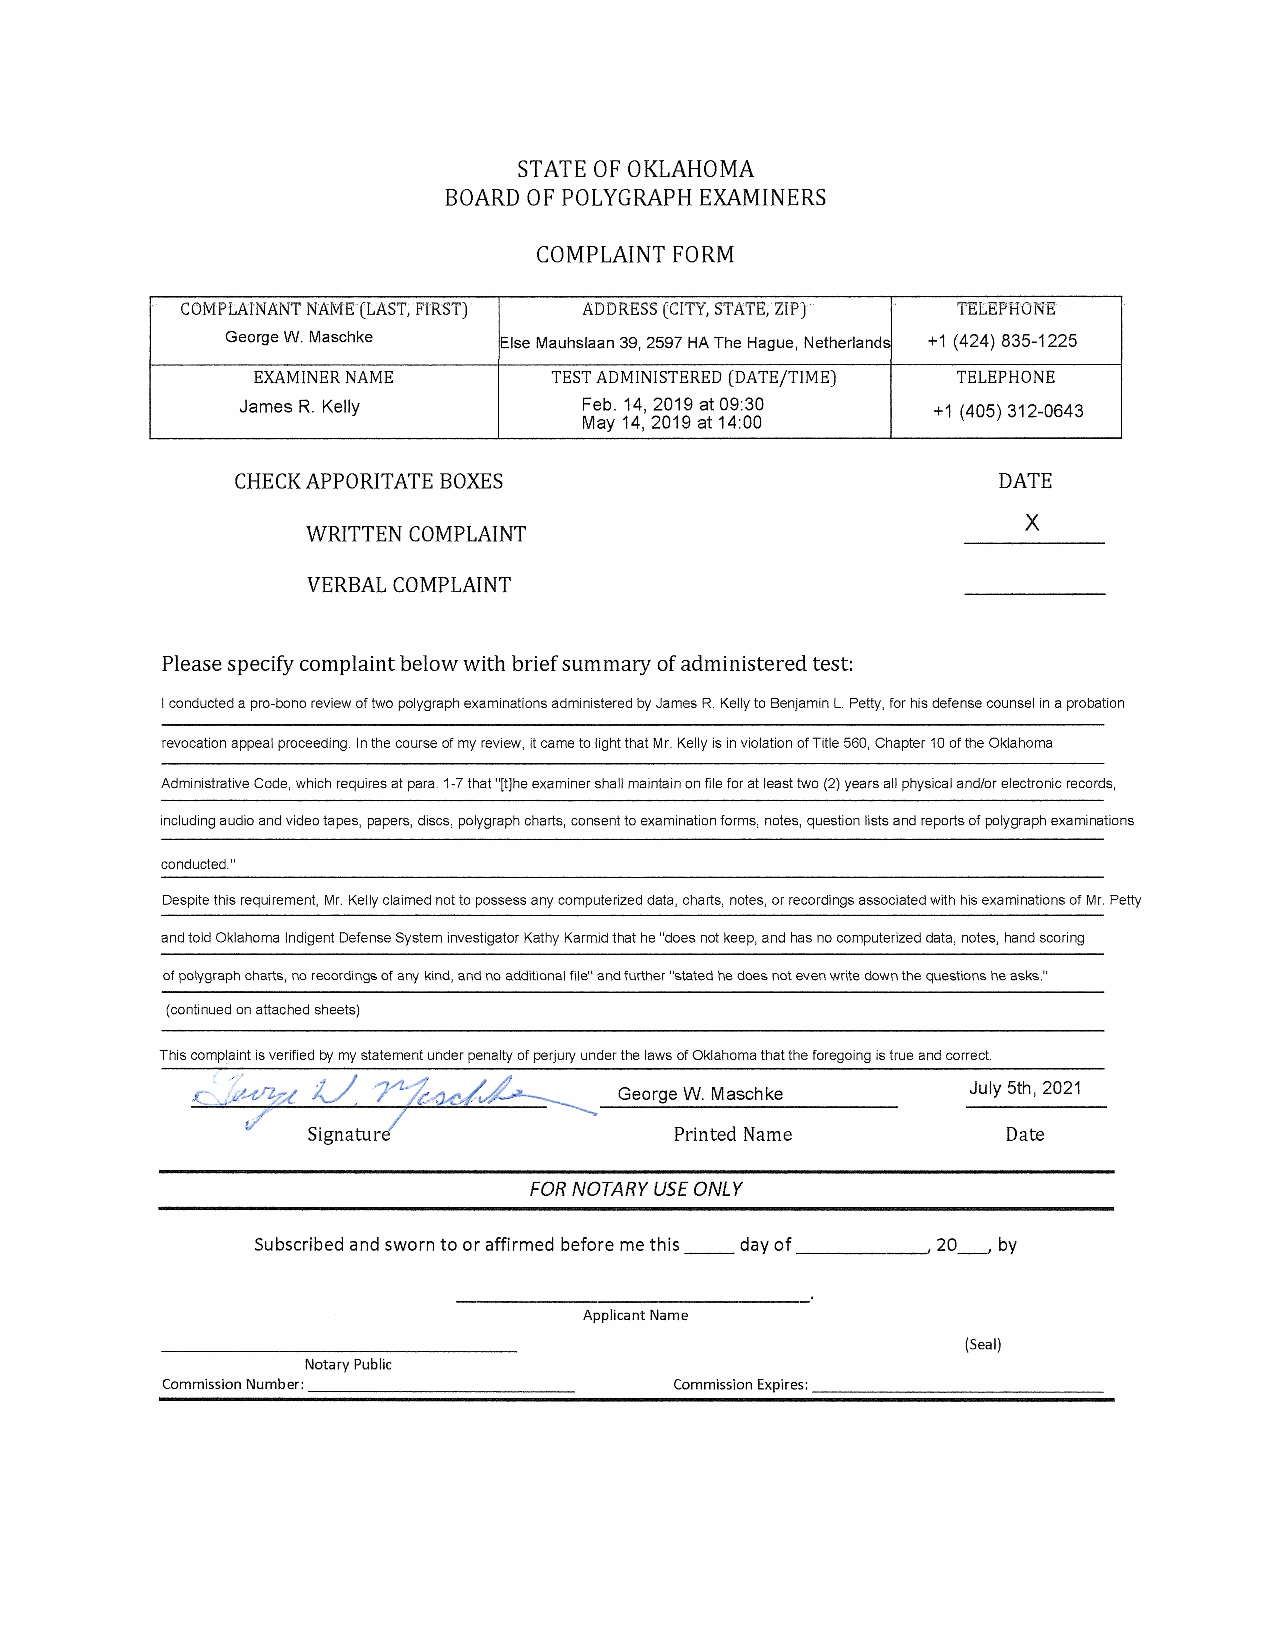
STATE 0F OKLAHOMA
 BOARD 0F POLYGRAPH EXAMINERS
 COMPLAINT FORM
 c OM.p.IA.rNANT N.AME` (LAST, .FrRST) ADDR.ESS `(CITY, STATE,.ZIP) " TEE.EP.H..ON.E.-`
 George W. Maschke Else Mauhslaan 39, 2597 HA The Hague, Netherland +1 (424) 835-1225
 EXAMINER NAME       TEST ADMINISTERED (DATE/TIME) TELEPHONE
 James R. Kelly         Feb.14, 2019 at 09:30  +1 (405) 312-0643
 May 14, 2019 at 14:00
 CHECK APPORITATE BOXES
 WRITTEN COMPLAINT
 VERBAL COMPLAINT
 Please specify complaint below with brief summary of administered test:
 I conducted a pro-bono revlew of two polygraph examinations administered by James F3, Kelly to Benjamin L Petty, for his defense counsel in a probation
 revocation appeal proceeding. In the course of my review, it came to light that Mr. Kelly is in violation of Title 560, Chapter 10 of the Oklahoma
 Administrative Code, which reciuires at para 1-7 that "[t]he examiner shall maintaln on file for at least two (2) years all physical and/or electronic records,
 including audio and video tapes, papers, discs, polygraph charts, consent to examination forms, notes, question lists and reports of polygraph examinations
 conducted."
 Despite this requirement, Mr Kelly claimed not to possess any computerized data, charts, notes, or recordings associated with his examinations of Mr. Petty
 and told Oklahoma Indigent Defense System investigator Kathy Karmid that he "does not keep, and has no computerized data, notes, hand scoring
 of polygraph charts, no record.`ngs Of any kind, and r\o additional file" and further "stated he does not even wr.ite down the quest.ions he asks."
 (continued on attached sheets)
 This complaint js verified by my statement under penalty of perjury under the laws of Oklahoma that the foregoing is true and correct.
 1.h-``  George w. Maschke      July 5th, 2021
 Cy`   Signature/             Printed Name          Date
 FOR NOTARY USE ONLY
 Subscribed and sworn to oraffirmed before methis day of
 Applicant Name
 Notary Public
 Commission Number:                Commission Expires: